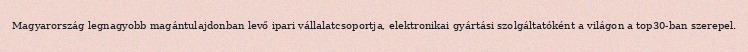
Magyarország legnagyobb magántulajdonban levő ipari vállalatcsoportja, elektronikai gyártási szolgáltatóként a világon a top30-ban szerepel.